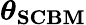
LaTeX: \boldsymbol{\theta}_{\textbf{SCBM}}